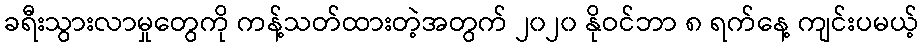
ခရီးသွားလာမှုတွေကို ကန့်သတ်ထားတဲ့အတွက် ၂၀၂၀ နိုဝင်ဘာ ၈ ရက်နေ့ ကျင်းပမယ့်